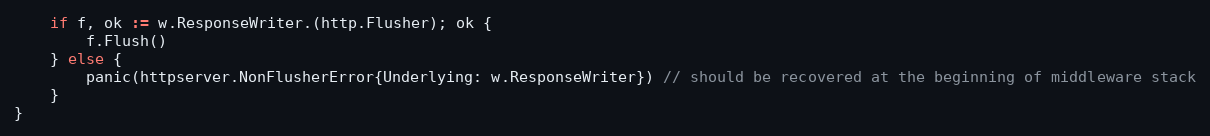
Language: Go
	if f, ok := w.ResponseWriter.(http.Flusher); ok {
		f.Flush()
	} else {
		panic(httpserver.NonFlusherError{Underlying: w.ResponseWriter}) // should be recovered at the beginning of middleware stack
	}
}